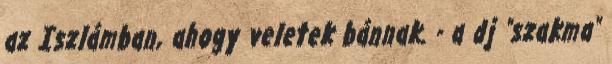
az Iszlámban, ahogy veletek bánnak. - a dj "szakma"